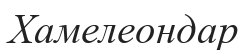
Хамелеондар